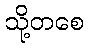
သို့တစေ